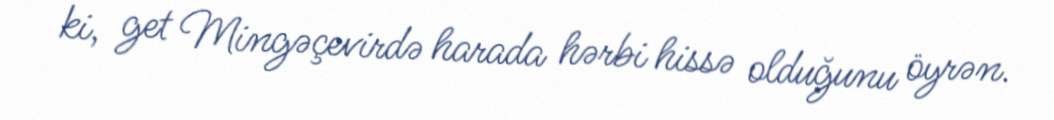
ki, get Mingəçevirdə harada hərbi hissə olduğunu öyrən.